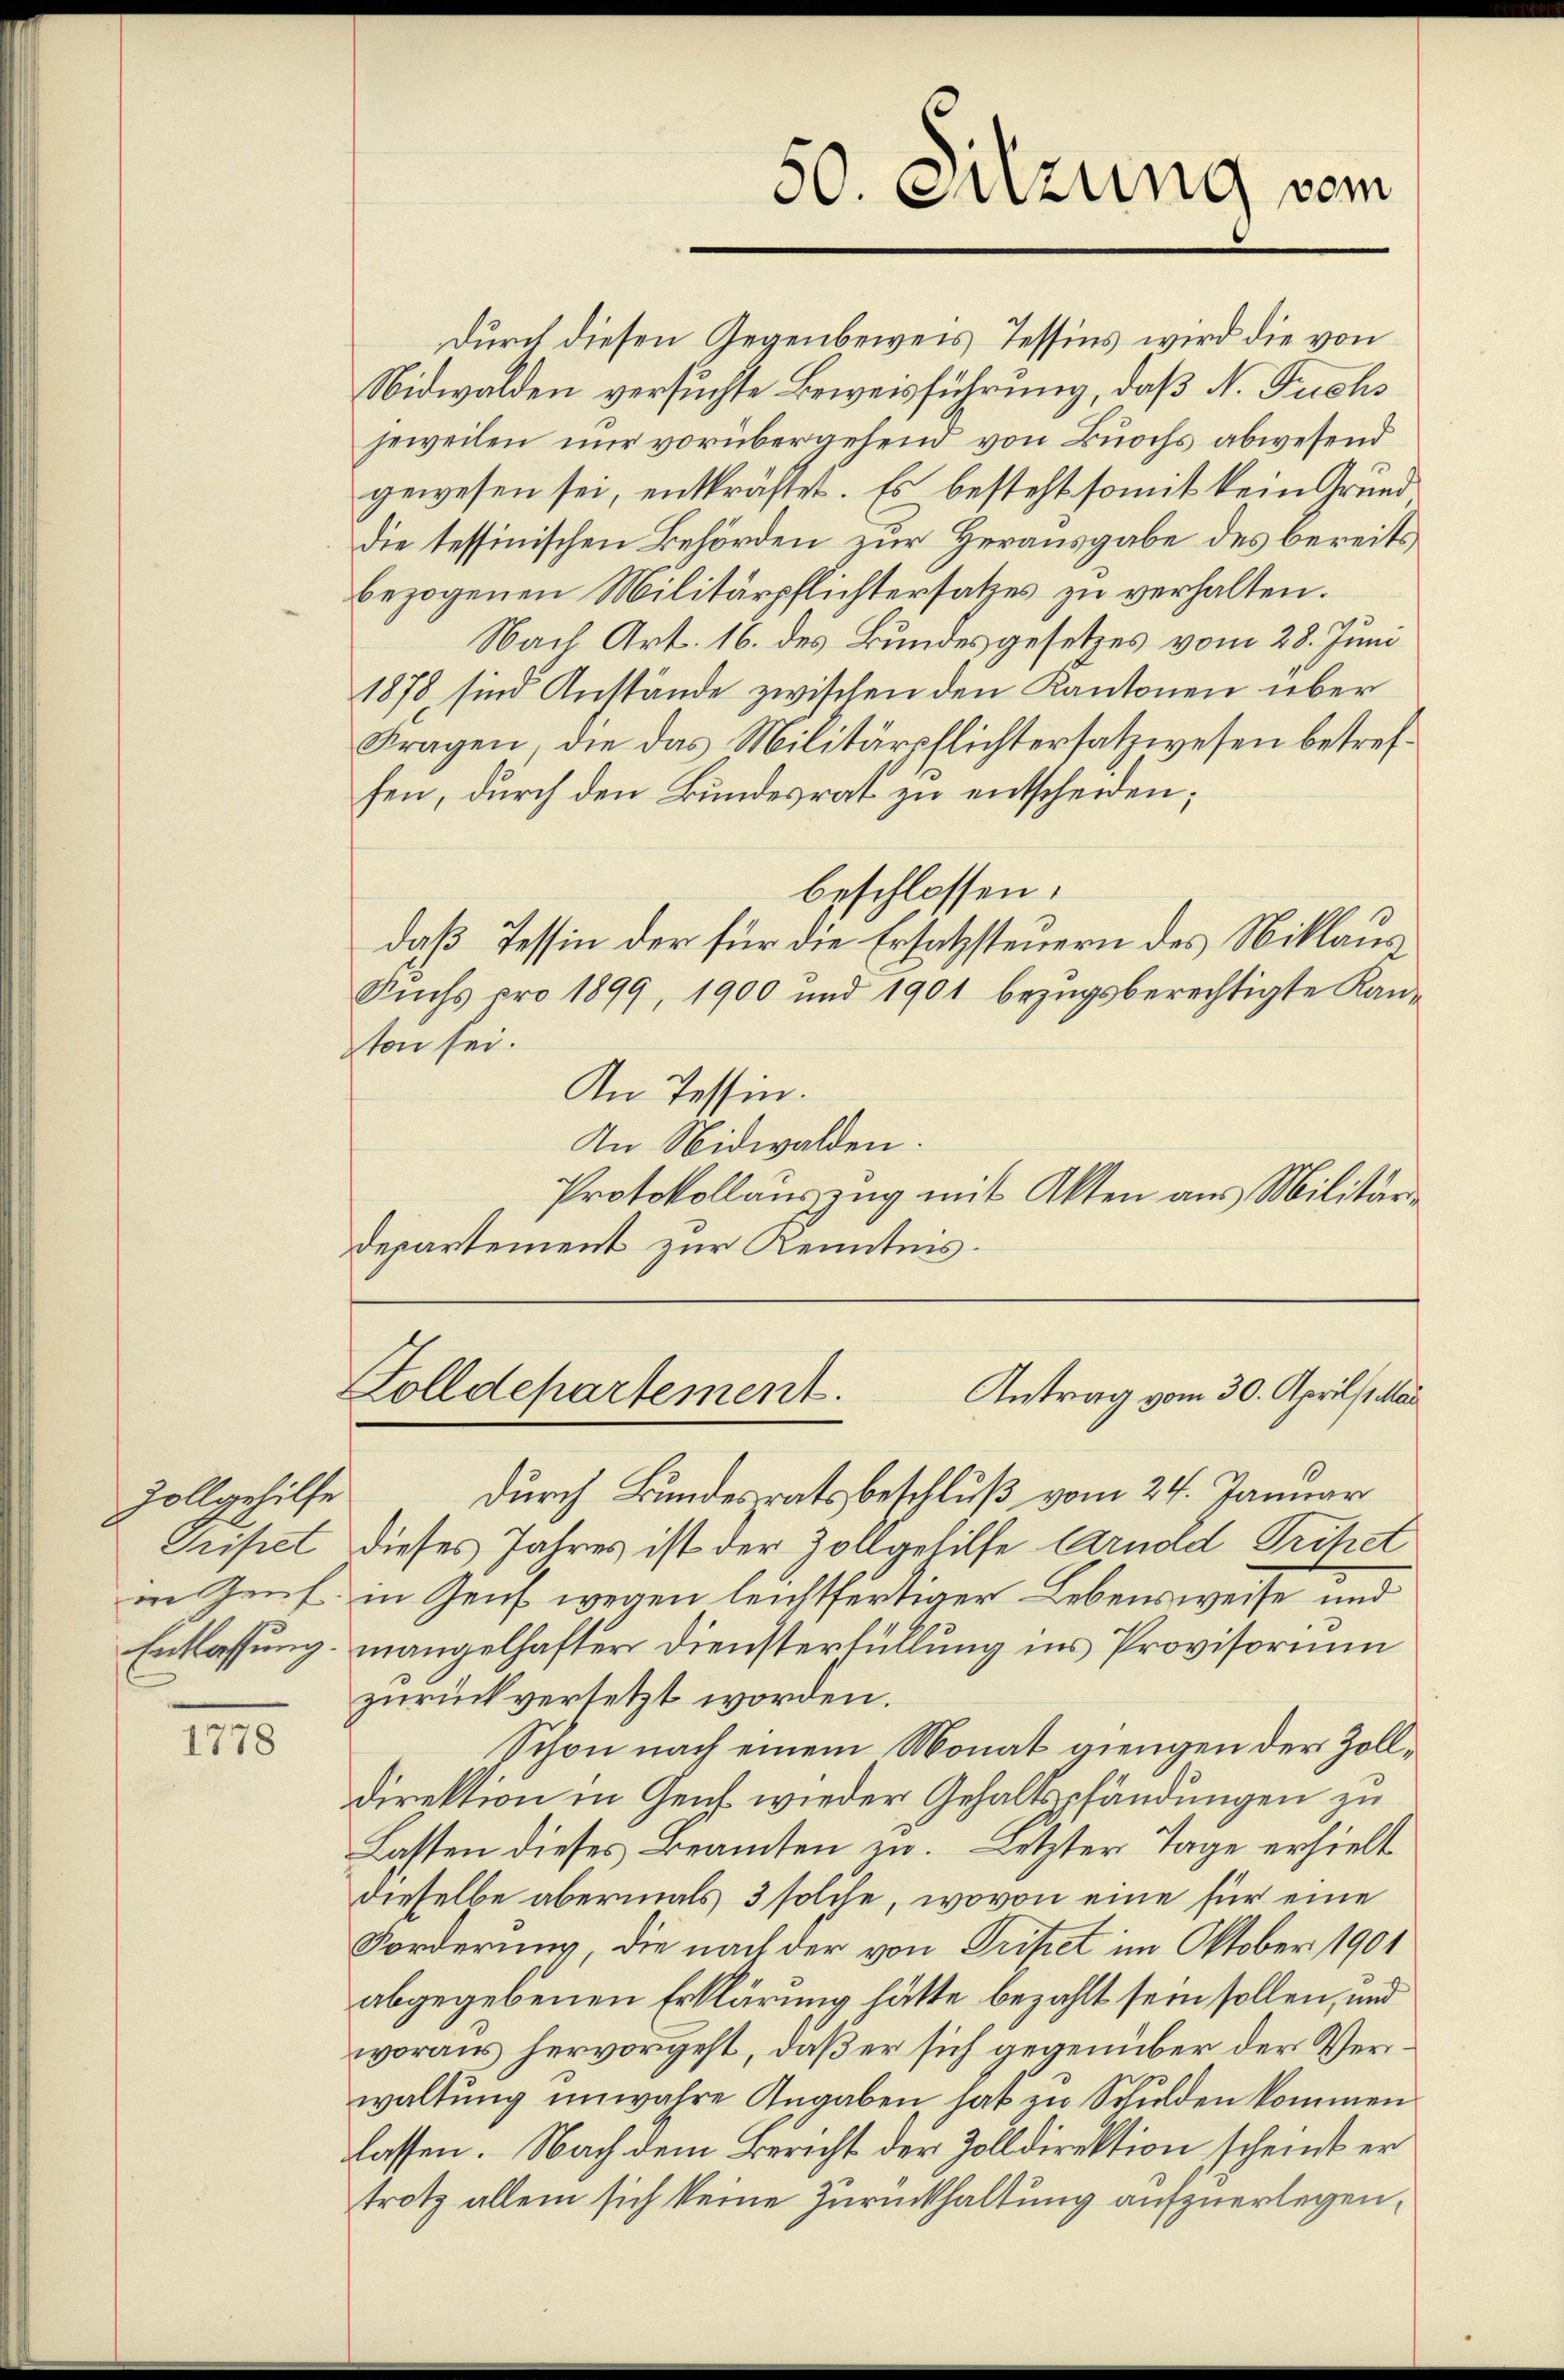
Zollgehilfe
Griftet

1778

Durch diesen Gegenbeweis Tessins wird die von
Nidwalden versuchte Beweisführung, daß N. Fuchs
jeweilen nur vorübergehend von Buochs abwesend
gewesen sei, entkräftet. Es besteht somit kein Grunddie tessinischen Behörden zur Herausgabe des bereits
bezogenen Militärpflichtersatzes zu verhalten.
Nach Art. 16. des Bundesgesetzes vom 28. Juni
1878 sind Anstände zwischen den Kantonen über
Fragen, die das Militärpflichtersatzwesen betreffen, durch den Bundesrat zu entscheiden;
beschlossen:
daß Tessin der für die Ersatzsteuern des Niklaus
Suchs pro 1899, 1900 und 1901 bezugsberechtigte Kanton sei.
An Tessin.
In Nidwalden.
Protokollauszug mit Akten aus Militärs
departement zur Kenntnis.

50. Suzung vom

Antrag vom 30. Aprils das
Zolldepartement.

durch Bundesrats beschluß vom 24. Januar
dieses Jahres ist der Vollgehilfe Arnold Trihet
in Zenf. in Zens wegen leichtfertiger Lebensweise und
Entlassung mangelhafter Diensterfüllung ins Provisorium
zurück versetzt worden.
Schon nach einem Monat giengen der Zolldirektion in Genf wieder Gehaltspfändungen zu
Lassen dieses Beamten zu. Letzter Tage erhielt
dieselbe abermals 3 solche, wovon eine für eine
Forderung, die nach der von Tripet im Oktober 1901
abgegebenen Erklärung hätte bezahlt sein sollen, und
woraus hervorgeht, daß er sich gegenüber der Verwaltŭng unwahre Angaben hat in Schulden kommen.
lassen. Nach dem Bericht der Zolldirektion scheint er
trotz allein sich keine Zurückhaltung aufzuerlegen,